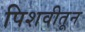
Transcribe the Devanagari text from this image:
पिशवीतून